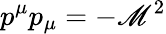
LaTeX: p^{\mu}p_{\mu}=-\mathscr{M}^{2}